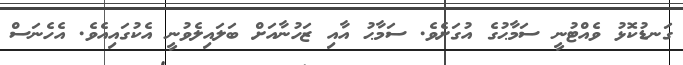
ގަނޑުކޮޅު ވެއްޓުނީ ސަމާޙުގެ އުގަށެވެ. ސަމާޙު އާއި ޒަހުނާއަށް ބަލައިލެވުނީ އެކުގައިއެވެ. އެހެނަސް